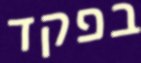
בפקד